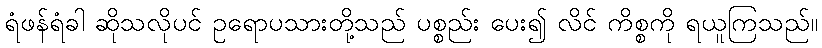
ရံဖန်ရံခါ ဆိုသလိုပင် ဥရောပသားတို့သည် ပစ္စည်း ပေး၍ လိင် ကိစ္စကို ရယူကြသည်။